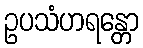
ဥပသံဟရန္တော